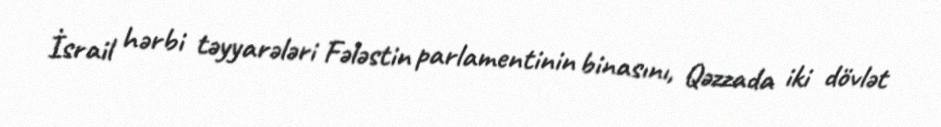
İsrail hərbi təyyarələri Fələstin parlamentinin binasını, Qəzzada iki dövlət